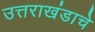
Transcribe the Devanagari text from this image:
उत्तराखंडाचे